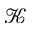
\mathcal { K }